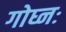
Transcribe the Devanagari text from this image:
गोघ्नः